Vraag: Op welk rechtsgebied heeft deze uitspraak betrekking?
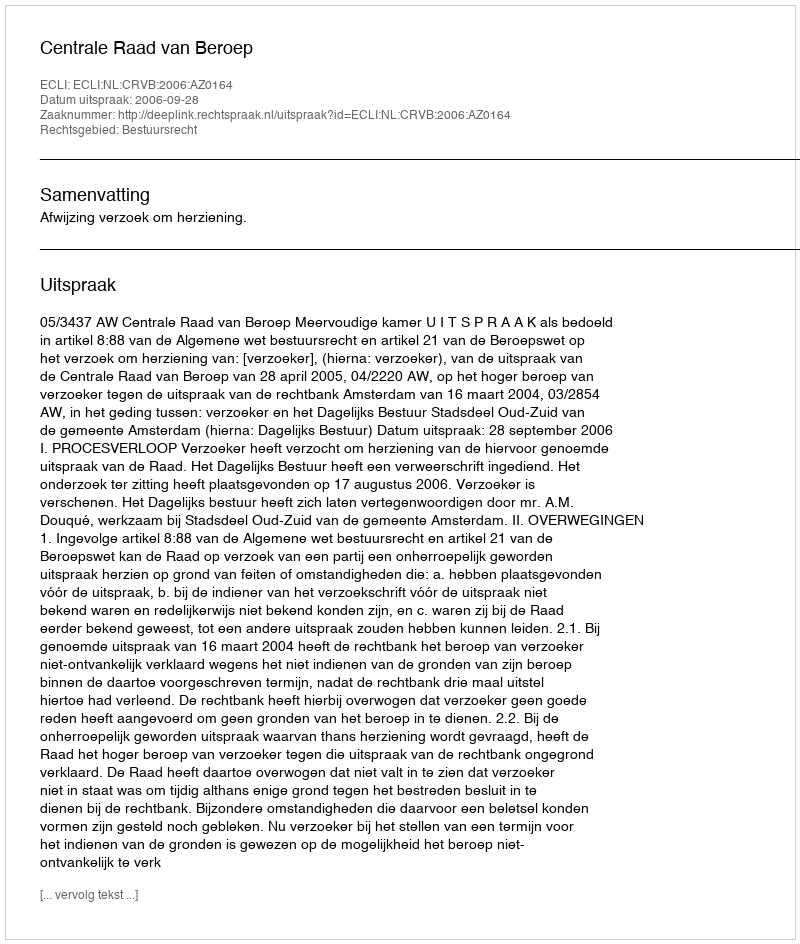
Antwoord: Bestuursrecht